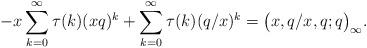
LaTeX: \begin{align*}-x\sum_{k=0}^{\infty} \tau(k) (xq)^k+\sum_{k=0}^{\infty} \tau(k) (q/x)^k=\big(x,q/x,q;q\big)_{\infty}.\end{align*}